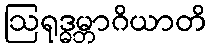
ဩရုဒ္ဓမ္ဘာဂိယာတိ